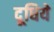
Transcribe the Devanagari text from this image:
दूधिये